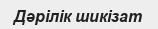
Дәрілік шикізат